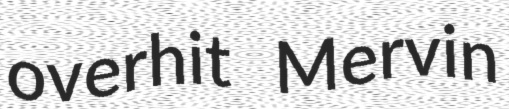
overhit Mervin